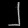
Digit: ၂